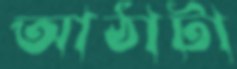
আঠাটা